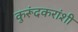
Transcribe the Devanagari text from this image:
कुरूंदकरांशी